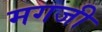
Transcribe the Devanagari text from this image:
मगजी